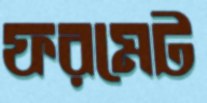
ফরমেট